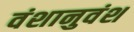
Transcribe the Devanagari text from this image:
वंशानुवंश